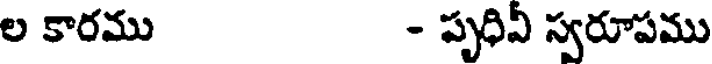
ల కారము - పృధివీ స్వరూపము